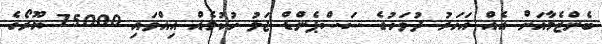
ބެންޒެމާއަށް އެއް އަހަރު ދުވަހުގެ ސަސްޕެންޑް ޖަލު ހުކުމެއް އިއްވައި 75000 ޔޫރޯގެ